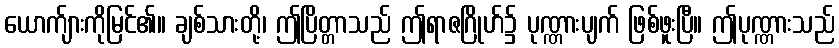
ယောက်ျားကိုမြင်၏။ ချစ်သားတို့၊ ဤပြိတ္တာသည် ဤရာဇဂြိုဟ်၌ ပုဏ္ဏားပျက် ဖြစ်ဖူးပြီ။ ဤပုဏ္ဏားသည်